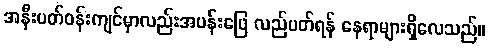
အနီးပတ်ဝန်းကျင်မှာလည်းအပန်းဖြေ လည်ပတ်ရန် နေရာများရှိလေသည်။